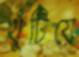
খুঁটিয়ে